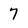
Character: 7